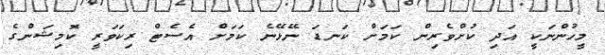
މީހުންނަކީ އަދި ކުށްވެރިން ކަމަށް ކަނޑަ ނޭޅޭނެ ކަމަށް އެސެޓް ރިކަވަރީ ކޮމިޝަންގެ